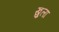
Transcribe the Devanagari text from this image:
खु्ला